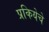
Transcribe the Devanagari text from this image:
प्रकियेचे